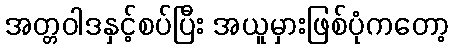
အတ္တဝါဒနှင့်စပ်ပြီး အယူမှားဖြစ်ပုံကတော့